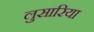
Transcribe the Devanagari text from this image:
लुसारिया